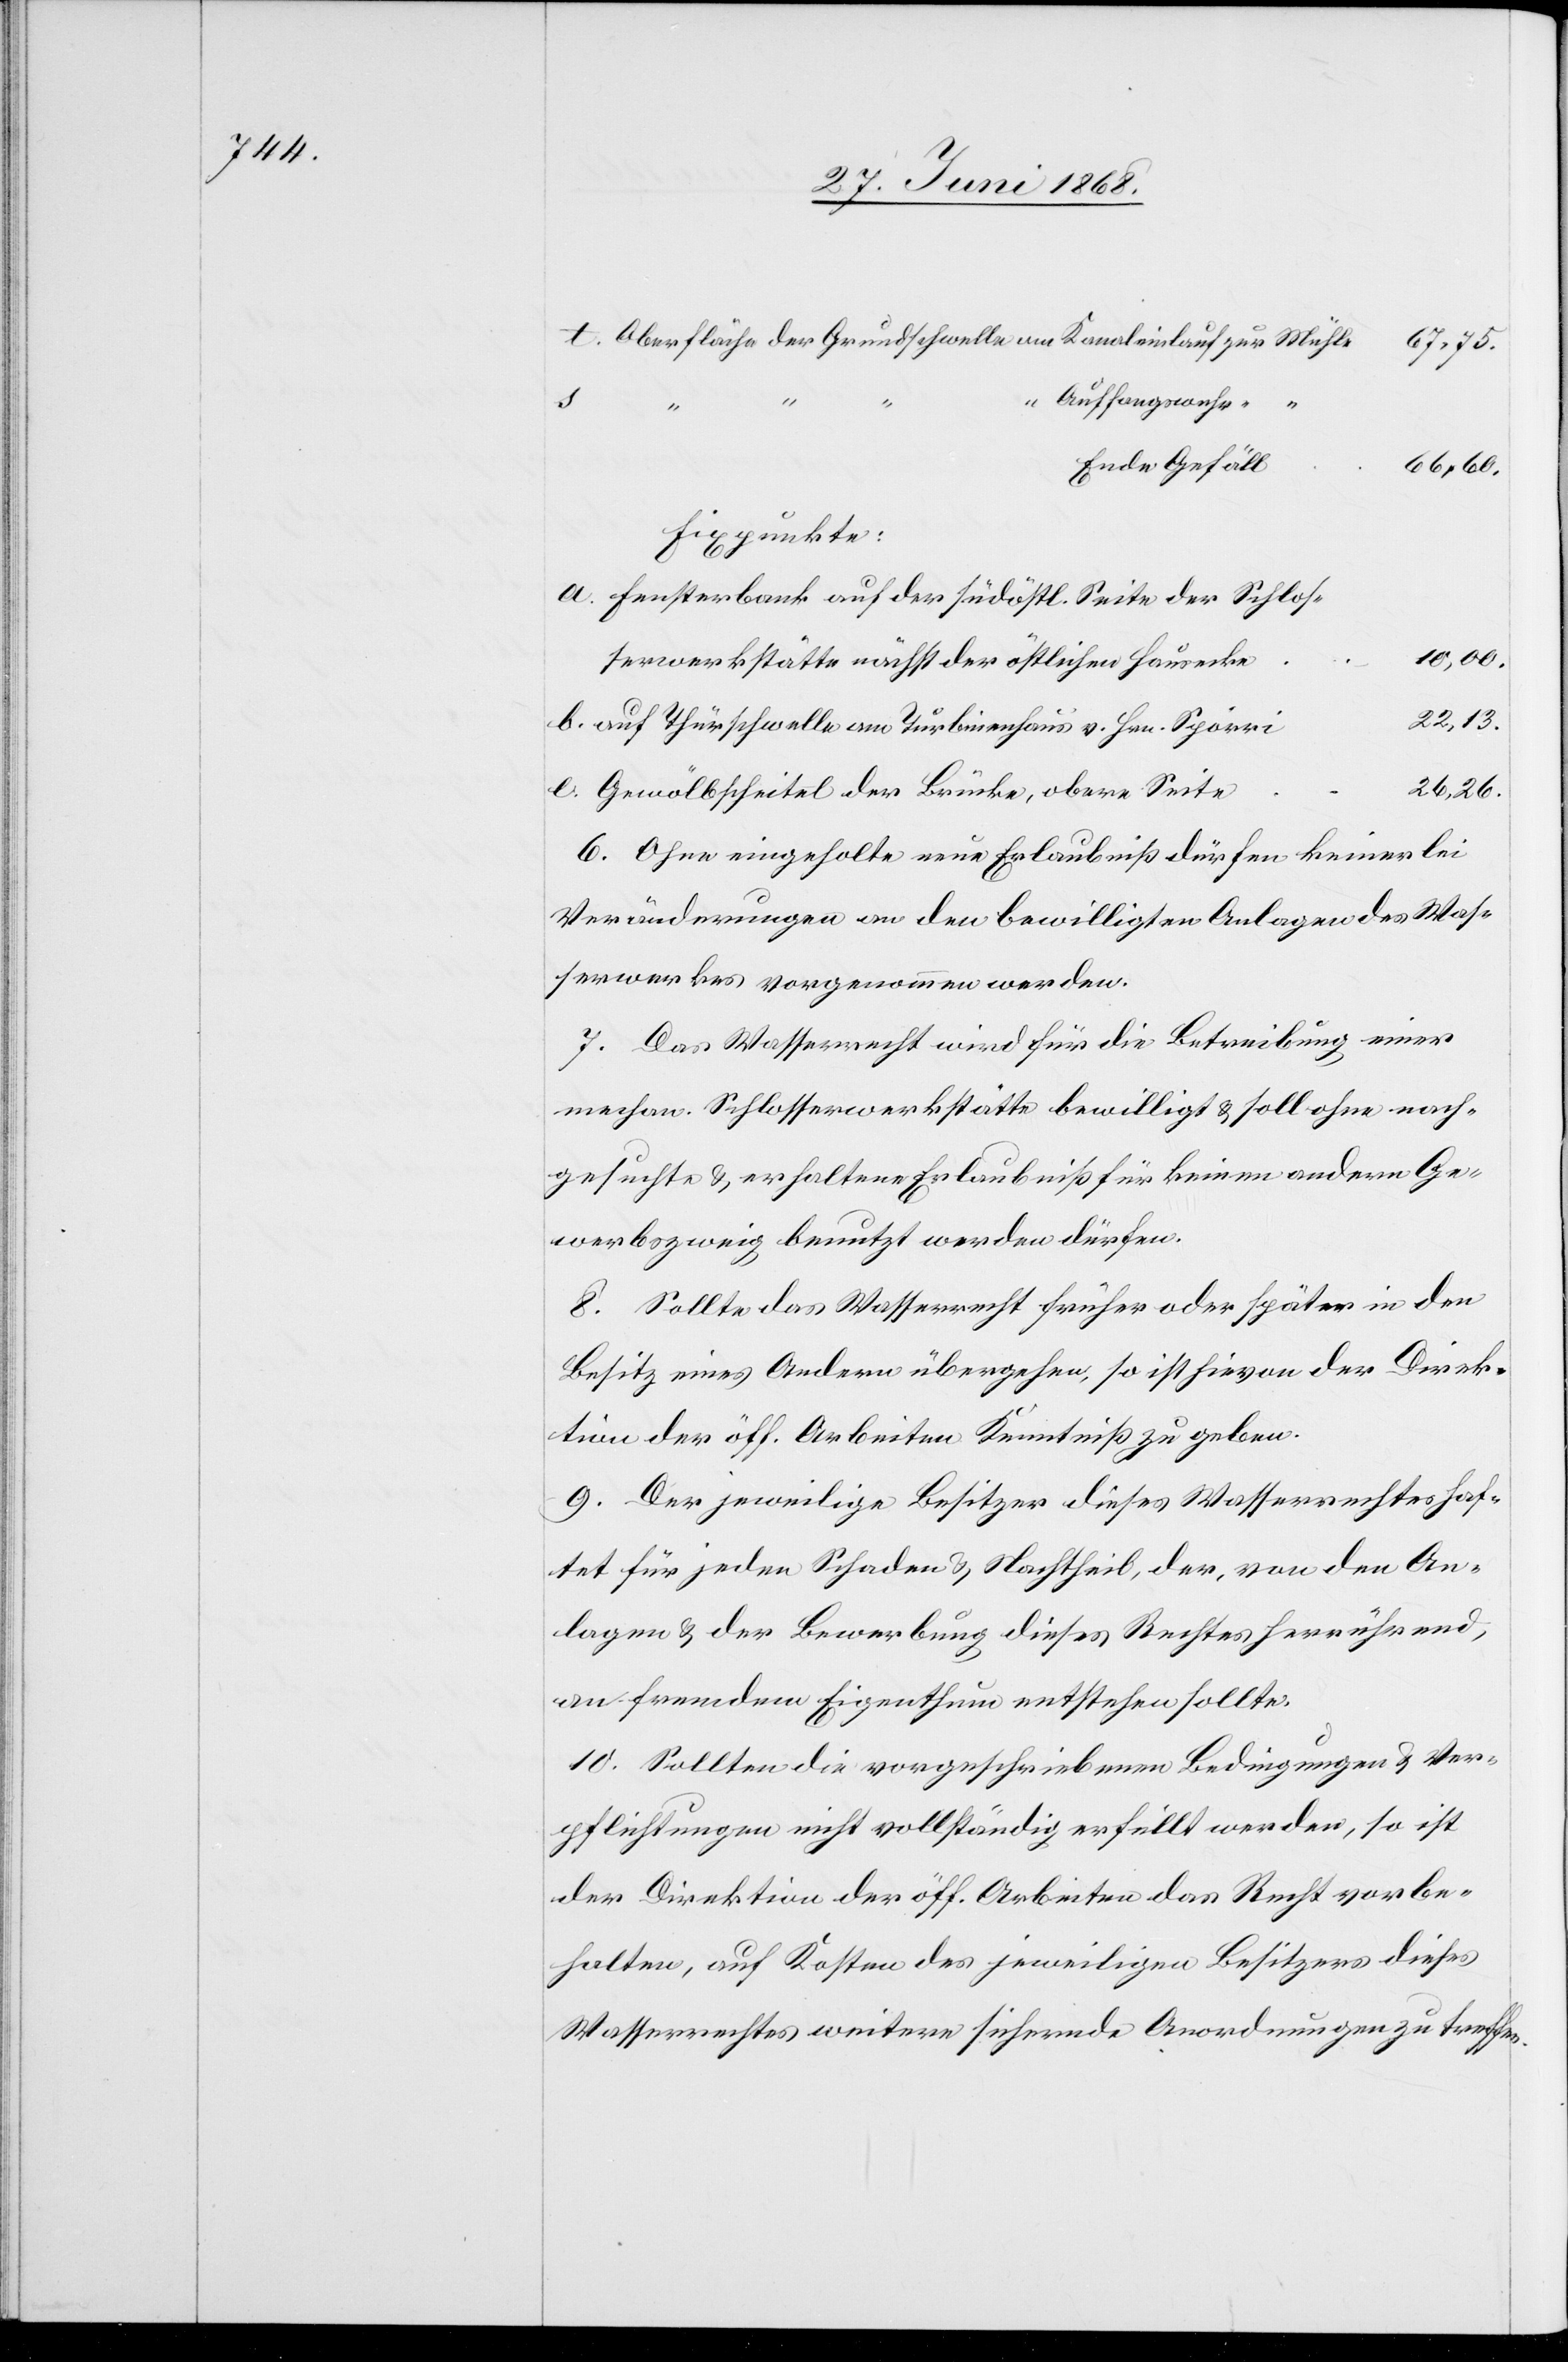
Oberfläche der Grundschwelle am Kanaleinlauf zur Mühle
“ Auffangswuhr “
Ende Gefäll
66,60.
Fixpunkte:
Fensterbank auf der südöstl. Seite der Schlos¬
10,00.
serwerkstätte nächst der östlichen Hausecke
22,13.
auf Thürschwelle am Turbinenhaus v. Hrn. Spörri
26,26.
Gewölbscheitel der Brücke, obere Seite
6. Ohne eingeholte neue Erlaubniß dürfen keinerlei
Veränderungen an den bewilligten Anlagen des Was¬
serwerkes vorgenommen werden.
7. Das Wasserrecht wird für die Betreibung einer
mechan. Schlosserwerkstätte bewilligt & soll ohne nach¬
gesuchte & erhaltene Erlaubniß für keinen andern Ge¬
werbszweig benutzt werden dürfen.
8. Sollte das Wasserrecht früher oder später in den
Besitz eines Andern übergehen, so ist hievon der Direk¬
tion der öff. Arbeiten Kenntniß zu geben.
9. Der jeweilige Besitzer dieses Wasserrechtes haf¬
tet für jeden Schaden & Nachtheil, der, von den An¬
lagen & der Bewerbung dieses Rechtes herrührend,
an fremdem Eigenthum entstehen sollte.
10. Sollten die vorgeschriebenen Bedingungen & Ver¬
pflichtungen nicht vollständig erfüllt werden, so ist
der Direktion der öff. Arbeiten das Recht vorbe¬
halten, auf Kosten des jeweiligen Besitzers dieses
Wasserrechtes weitere sichernde Anordnungen zu treffen.